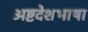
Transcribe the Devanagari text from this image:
अष्टदेशभाषा